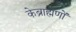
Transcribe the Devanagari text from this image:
केब्राह्मणों